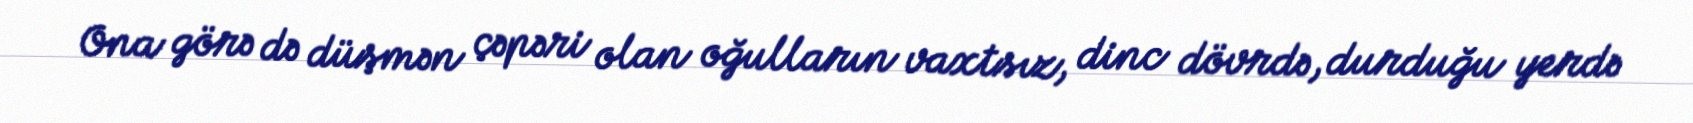
Ona görə də düşmən çəpəri olan oğulların vaxtsız, dinc dövrdə, durduğu yerdə